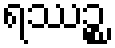
ရဿဉ္စ